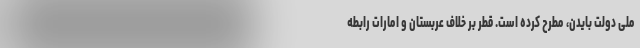
ملی دولت بایدن، مطرح کرده است. قطر بر خلاف عربستان و امارات رابطه